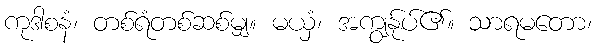
ကုဒါစနံ၊ တစ်ရံတစ်ဆစ်မျှ။ မယှံ၊ အကျွန်ုပ်၏။ သာရမတော၊